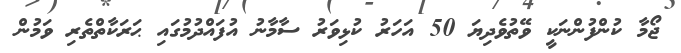
ޖޯމާ ކުންފުންނަކީ ވޭތުވެދިޔަ 50 އަހަރު ކުޅިވަރު ސާމާނު އުފައްދުމުގައި ޙަރަކާތްތެރި ވަމުން